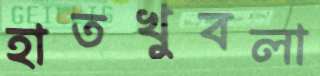
হাতখুবলা